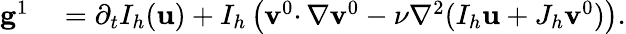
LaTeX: \begin{array}{rl}{\mathbf{g}^{1}}&{{}=\partial_{t}I_{h}(\mathbf{u})+I_{h}\left(\mathbf{v}^{0}\cdotp\nabla\mathbf{v}^{0}-\nu\nabla^{2}(I_{h}\mathbf{u}+J_{h}\mathbf{v}^{0})\right).}\end{array}